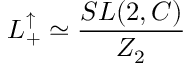
L _ { + } ^ { \uparrow } \simeq \frac { S L ( 2 , C ) } { Z _ { 2 } }